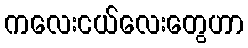
ကလေးငယ်လေးတွေဟာ